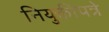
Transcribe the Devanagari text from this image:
नियुक्तीपत्रे